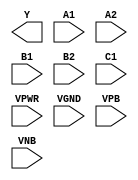
module sky130_fd_sc_hd__a221oi (
    Y   ,
    A1  ,
    A2  ,
    B1  ,
    B2  ,
    C1  ,
    VPWR,
    VGND,
    VPB ,
    VNB
);

    output Y   ;
    input  A1  ;
    input  A2  ;
    input  B1  ;
    input  B2  ;
    input  C1  ;
    input  VPWR;
    input  VGND;
    input  VPB ;
    input  VNB ;
endmodule